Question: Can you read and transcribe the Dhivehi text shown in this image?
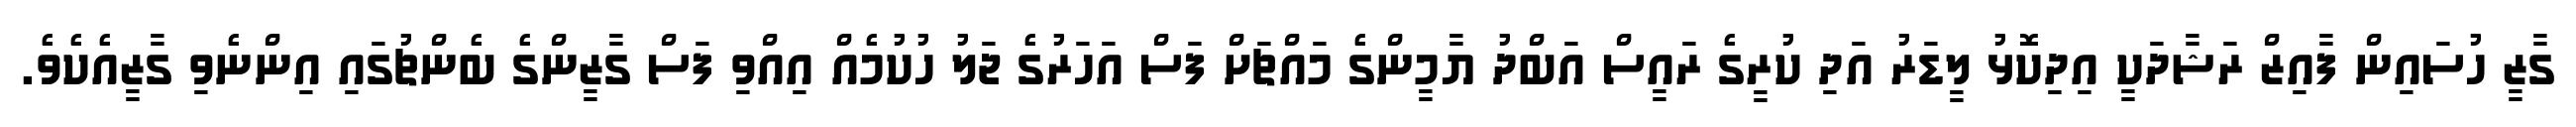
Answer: ގާޒީ ހުސައިން ފާއިޒް ރަޝާދަކީ އިދިކޮޅު ލީޑަރު އަދި ކުރީގެ ރައީސް އަބްދު ޔާމީންގެ މައްޗަށް ފަސް އަހަރުގެ ޖަލު ހުކުމެއް އިއްވި ފަސް ގާޒީންގެ ބެންޗުގައި އިންނެވި ގާޒީއެކެވެ.